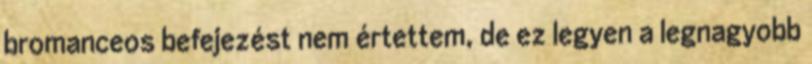
bromanceos befejezést nem értettem, de ez legyen a legnagyobb